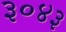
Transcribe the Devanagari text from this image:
३०४३